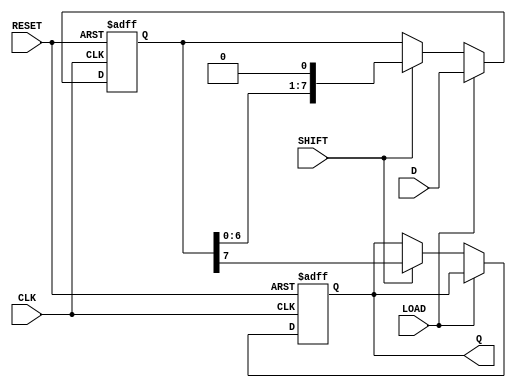
module PISO_Register (
    input wire [7:0] D,      // 8-bit parallel data input
    input wire LOAD,         // Control signal to load data
    input wire SHIFT,        // Control signal to shift data out
    input wire CLK,          // Clock signal
    input wire RESET,        // Asynchronous reset signal
    output reg Q             // Serial output
);

    reg [7:0] shift_reg;     // Internal shift register

    // Asynchronous reset and data loading/shifting
    always @(posedge CLK or posedge RESET) begin
        if (RESET) begin
            shift_reg <= 8'b0; // Clear the register on reset
            Q <= 1'b0;         // Clear the output on reset
        end else begin
            if (LOAD) begin
                shift_reg <= D; // Load data in parallel
            end else if (SHIFT) begin
                Q <= shift_reg[7]; // Output the MSB
                shift_reg <= {shift_reg[6:0], 1'b0}; // Shift right and fill LSB with 0
            end
            // If neither LOAD nor SHIFT is asserted, maintain current state
        end
    end

endmodule